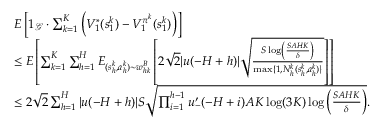
\begin{array} { r l } & { E \left[ 1 _ { \mathcal { G } } \cdot \sum _ { k = 1 } ^ { K } \left( V _ { 1 } ^ { * } ( s _ { 1 } ^ { k } ) - V _ { 1 } ^ { \pi ^ { k } } ( s _ { 1 } ^ { k } ) \right) \right] } \\ & { \leq E \left[ \sum _ { k = 1 } ^ { K } \sum _ { h = 1 } ^ { H } E _ { ( s _ { h } ^ { k } , a _ { h } ^ { k } ) \sim w _ { h k } ^ { B } } \left[ 2 \sqrt { 2 } \vert u ( - H + h ) \vert \sqrt { \frac { S \log \left( \frac { S A H K } { \delta } \right) } { \operatorname* { m a x } \{ 1 , N _ { h } ^ { k } ( s _ { h } ^ { k } , a _ { h } ^ { k } ) \} } } \right] \right] } \\ & { \leq 2 \sqrt { 2 } \sum _ { h = 1 } ^ { H } \vert u ( - H + h ) \vert S \sqrt { \prod _ { i = 1 } ^ { h - 1 } u _ { - } ^ { \prime } ( - H + i ) A K \log ( 3 K ) \log \left( \frac { S A H K } { \delta } \right) } . } \end{array}